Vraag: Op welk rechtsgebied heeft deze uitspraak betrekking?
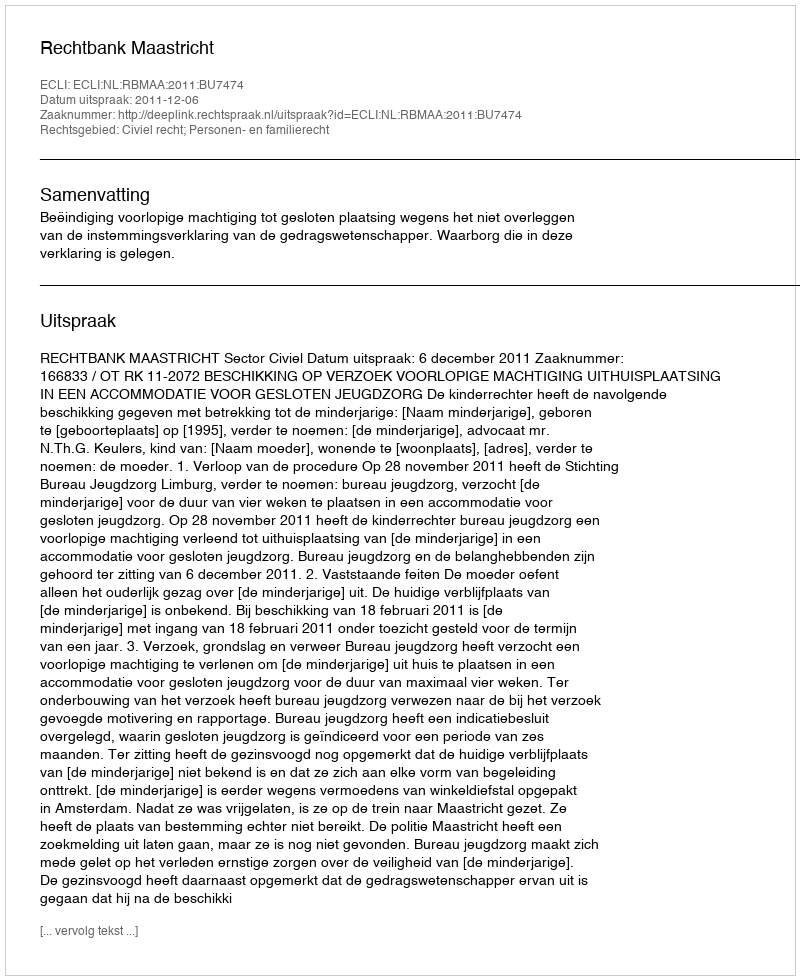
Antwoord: Civiel recht; Personen- en familierecht